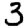
Digit: 3